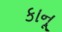
કાનૂ